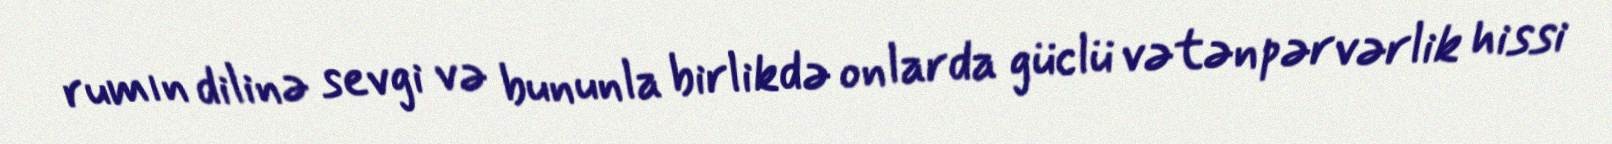
rumın dilinə sevgi və bununla birlikdə onlarda güclü vətənpərvərlik hissi